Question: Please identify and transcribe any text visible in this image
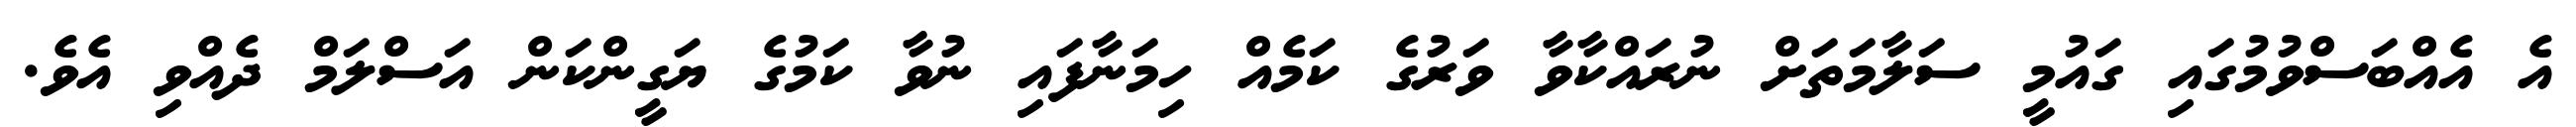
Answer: އެ އެއްބަސްވުމުގައި ގައުމީ ސަލާމަތަށް ނުރައްކާވާ ވަރުގެ ކަމެއް ހިމަނާފައި ނުވާ ކަމުގެ ޔަގީންކަން އަސްލަމް ދެއްވި އެވެ.